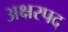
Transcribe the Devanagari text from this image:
अक्षरपद